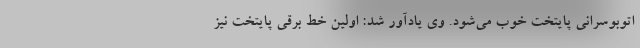
اتوبوسرانی پایتخت خوب می‌شود. وی یادآور شد: اولین خط برقی پایتخت نیز